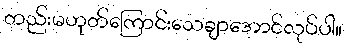
တည်းမဟုတ်ကြောင်းသေချာအောင်လုပ်ပါ။